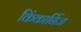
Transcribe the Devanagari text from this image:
किंकार्निज